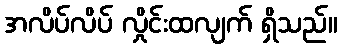
အလိပ်လိပ် လှိုင်းထလျက် ရှိသည်။